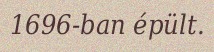
1696-ban épült.